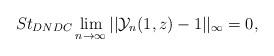
LaTeX: \begin{align*} St_{DNDC}\lim_{n\rightarrow \infty}||\mathcal{Y}_{n}(1,z)-1||_{\infty}=0, \end{align*}